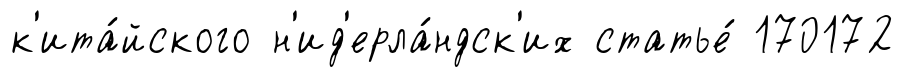
к'ита́йского н'ид'ерла́ндск'их статье́ 170172